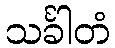
သင်္ခါတံ